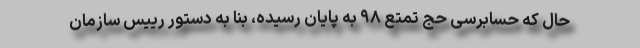
حال که حسابرسی حج تمتع ۹۸ به پایان رسیده، بنا به دستور رییس سازمان